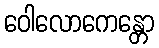
ဝေါလောကေန္တော